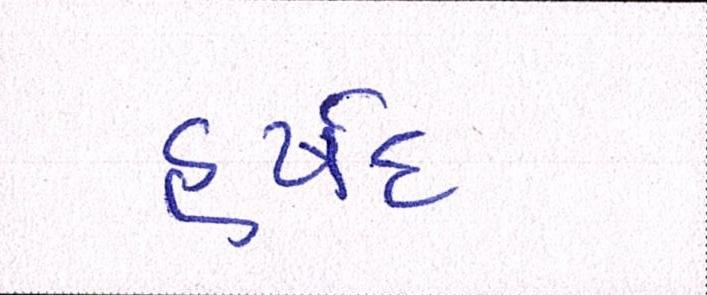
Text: હર્ષદ